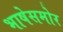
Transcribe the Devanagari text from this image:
भाषेसमोर